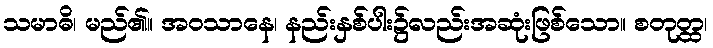
သမာဓိ၊ မည်၏။ အဝသာနေ၊ နည်းနှစ်ပါး၌လည်းအဆုံးဖြစ်သော။ စတုတ္ထ၊